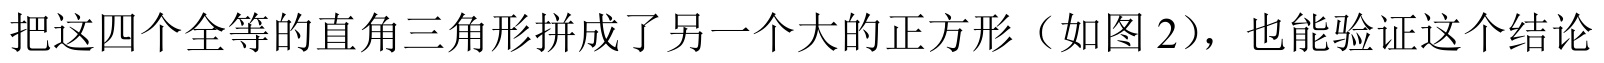
把这四个全等的直角三角形拼成了另一个大的正方形（如图 \(2\)），也能验证这个结论